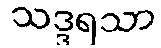
သဒ္ဒရသာ